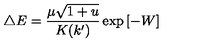
\triangle E = \frac { \mu \sqrt { 1 + u } } { K ( k ^ { \prime } ) } \exp { [ - W ] }